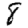
Digit: 8